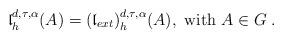
LaTeX: \begin{align*}{\mathfrak l}^{d, \tau, \alpha}_h(A)=({\mathfrak l}_{ext})^{d, \tau, \alpha}_h(A), \hbox{ with } A\in G\; .\end{align*}